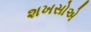
શખસોએ